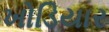
ખોડિયાર